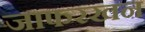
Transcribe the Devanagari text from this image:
जाफरखन